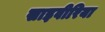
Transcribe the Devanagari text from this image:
साइवीरिया